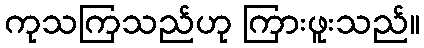
ကုသကြသည်ဟု ကြားဖူးသည်။